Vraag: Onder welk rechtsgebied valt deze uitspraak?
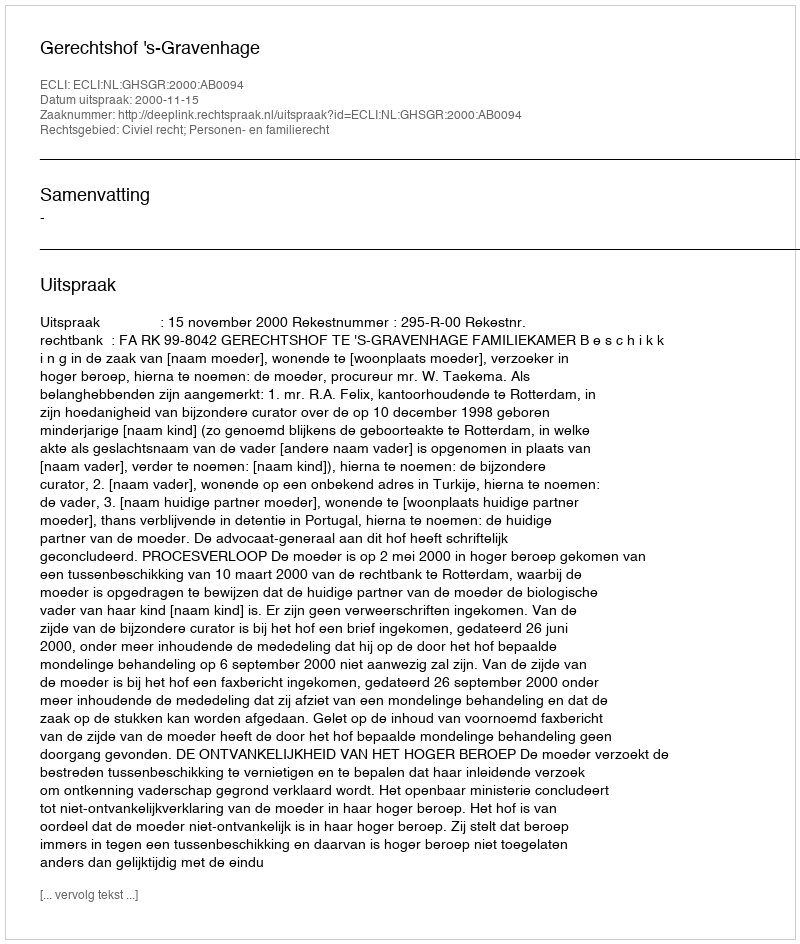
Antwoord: Civiel recht; Personen- en familierecht